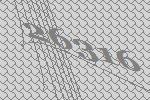
26316